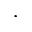
\cdot